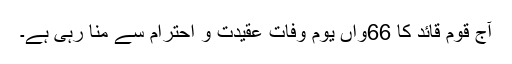
آج قوم قائد کا 66واں یوم وفات عقیدت و احترام سے منا رہی ہے۔